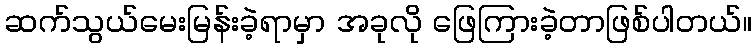
ဆက်သွယ်မေးမြန်းခဲ့ရာမှာ အခုလို ဖြေကြားခဲ့တာဖြစ်ပါတယ်။